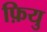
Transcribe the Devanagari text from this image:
फ़ियु